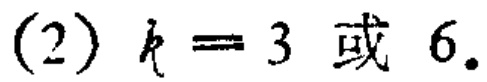
(2) \(k = 3 \) 或 \( 6\).